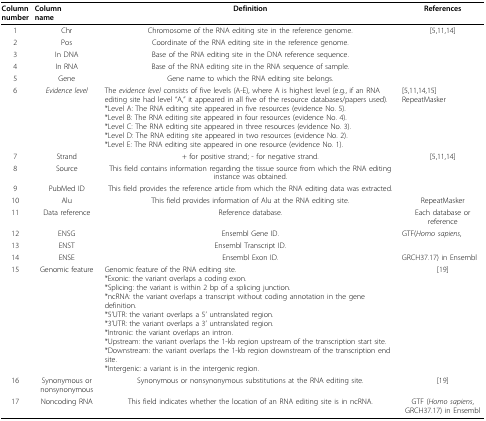
| Columnnumber | Columnname | Definition | References |
 | --- | --- | --- | --- |
 | 1 | Chr | Chromosome of the RNA editing site in the reference genome. | [5,11,14] |
 | 2 | Pos | Coordinate of the RNA editing site in the reference genome. |  |
 | 3 | In DNA | Base of the RNA editing site in the DNA reference sequence. |  |
 | 4 | In RNA | Base of the RNA editing site in the RNA sequence of sample. |  |
 | 5 | Gene | Gene name to which the RNA editing site belongs. |  |
 | 6 | Evidence level | The evidence level consists of five levels (A-E), where A is highest level (e.g., if an RNA editing site had level "A," it appeared in all five of the resource databases/papers used).*Level A: The RNA editing site appeared in five resources (evidence No. 5).*Level B: The RNA editing site appeared in four resources (evidence No. 4).*Level C: The RNA editing site appeared in three resources (evidence No. 3).*Level D: The RNA editing site appeared in two resources (evidence No. 2).*Level E: The RNA editing site appeared in one resource (evidence No. 1). | [5,11,14,15]RepeatMasker |
 | 7 | Strand | + for positive strand; - for negative strand. | [5,11,14] |
 | 8 | Source | This field contains information regarding the tissue source from which the RNA editing instance was obtained. |  |
 | 9 | PubMed ID | This field provides the reference article from which the RNA editing data was extracted. |  |
 | 10 | Alu | This field provides information of Alu at the RNA editing site. | RepeatMasker |
 | 11 | Data reference | Reference database. | Each database or reference |
 | 12 | ENSG | Ensembl Gene ID. | GTF(Homo sapiens, |
 | 13 | ENST | Ensembl Transcript ID. |  |
 | 14 | ENSE | Ensembl Exon ID. | GRCH37.17) in Ensembl |
 | 15 | Genomic feature | Genomic feature of the RNA editing site.*Exonic: the variant overlaps a coding exon.*Splicing: the variant is within 2 bp of a splicing junction.*ncRNA: the variant overlaps a transcript without coding annotation in the gene definition.*5'UTR: the variant overlaps a 5' untranslated region.*3'UTR: the variant overlaps a 3' untranslated region.*Intronic: the variant overlaps an intron.*Upstream: the variant overlaps the 1-kb region upstream of the transcription start site.*Downstream: the variant overlaps the 1-kb region downstream of the transcription end site.*Intergenic: a variant is in the intergenic region. | [19] |
 | 16 | Synonymous or nonsynonymous | Synonymous or nonsynonymous substitutions at the RNA editing site. | [19] |
 | 17 | Noncoding RNA | This field indicates whether the location of an RNA editing site is in ncRNA. | GTF (Homo sapiens, GRCH37.17) in Ensembl |